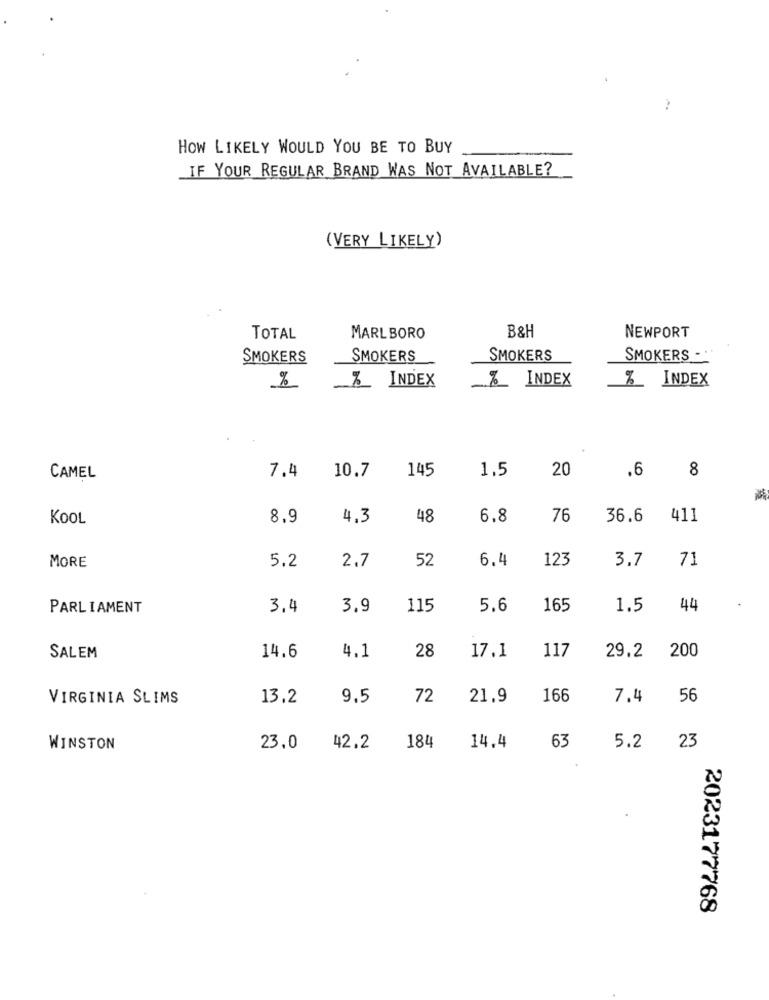
HOW LIKELY WOULD YOU BE TO BUY
IF YOUR REGULAR BRAND WAS NOT AVAILABLE?
(VERY LIKELY)
TOTAL
MARLBORO
B&H
NEWPORT
SMOKERS
SMOKERS
SMOKERS
SMOKERS - .
Z_ INDEX
% INDEX
%_ INDEX
%
7.4
10.7
145
1.5
20
.6
8
CAMEL
KOOL
8.9
4,3
48
6,8
76
36.6
411
MORE
5.2
2.7
52
6.4
123
3.7
71
PARLIAMENT
3.4
3.9
115
5.6
165
1.5
44
4.1
28
17.1
117
29.2
200
SALEM
14.6
VIRGINIA SLIMS
13.2
9.5
72
21.9
166
7.4
56
63
WINSTON
23.0
42.2
184
14.4
5.2
23
2023177768